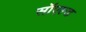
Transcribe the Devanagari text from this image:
सॉएल्ड